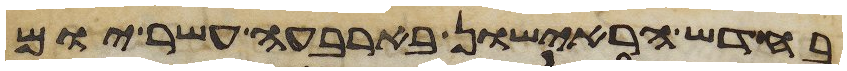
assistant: בחדש הראישון בארבעה עשר יום